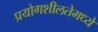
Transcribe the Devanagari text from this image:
प्रयोगशीलतेमध्ये